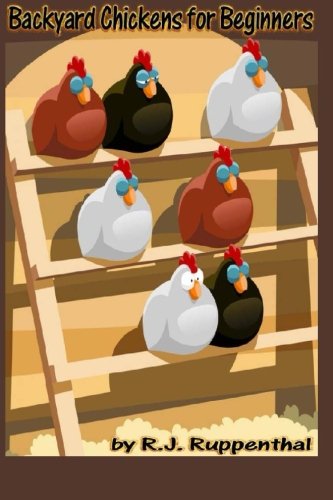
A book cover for Backyard Chickens for Beginners: Getting the Best Chickens, Choosing Coops, Feeding and Care, and Beating City Chicken Laws; R.J. Ruppenthal; Crafts, Hobbies & Home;